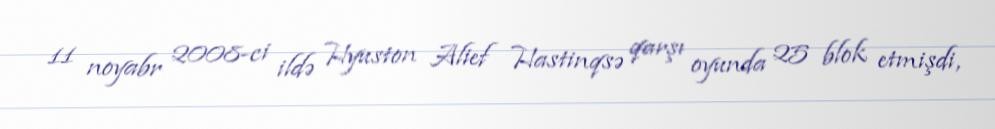
11 noyabr 2008-ci ildə Hyuston Alief Hastinqsə qarşı oyunda 25 blok etmişdi,